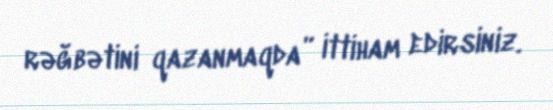
rəğbətini qazanmaqda” ittiham edirsiniz.